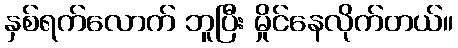
နှစ်ရက်လောက် ဘူပြီး မှိုင်နေလိုက်တယ်။